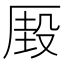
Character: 𰆢